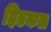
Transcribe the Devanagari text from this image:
हिडकल